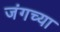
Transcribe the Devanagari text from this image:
जंगच्या